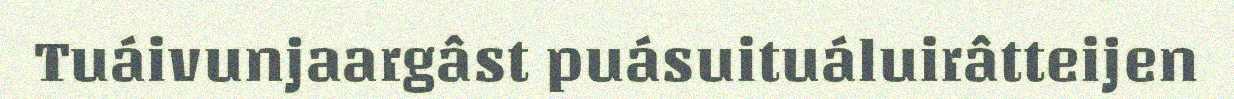
Tuáivunjaargâst puásuituáluirâtteijen